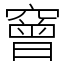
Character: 䆵